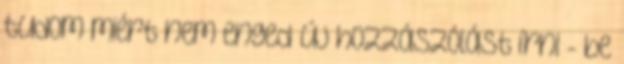
tudom miért nem enged új hozzászólást írni - be